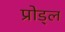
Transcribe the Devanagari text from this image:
प्रोड्ल